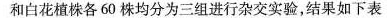
和白花植株各60株均分为三组进行杂交实验，结果如下表